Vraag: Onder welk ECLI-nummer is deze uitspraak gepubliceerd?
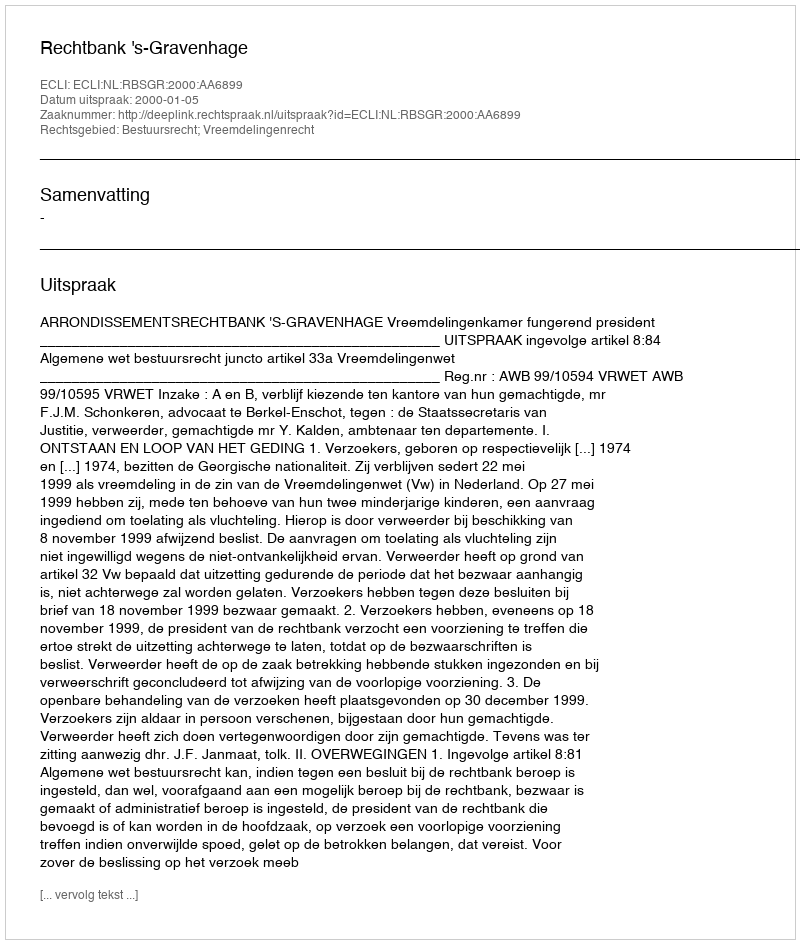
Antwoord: ECLI:NL:RBSGR:2000:AA6899